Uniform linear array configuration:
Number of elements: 12
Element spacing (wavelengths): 0.5
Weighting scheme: exponential
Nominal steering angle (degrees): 15
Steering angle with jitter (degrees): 15.699
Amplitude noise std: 0.05
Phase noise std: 0.05

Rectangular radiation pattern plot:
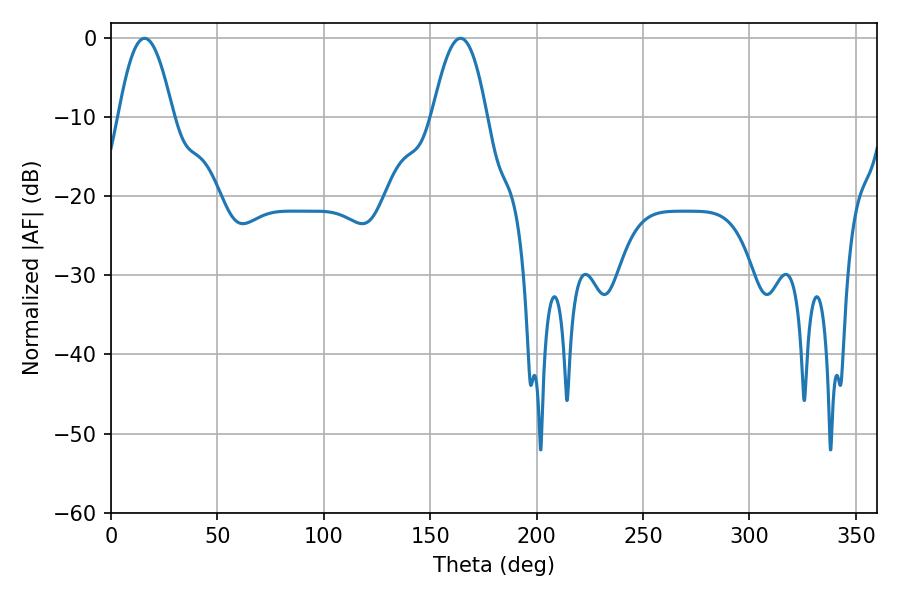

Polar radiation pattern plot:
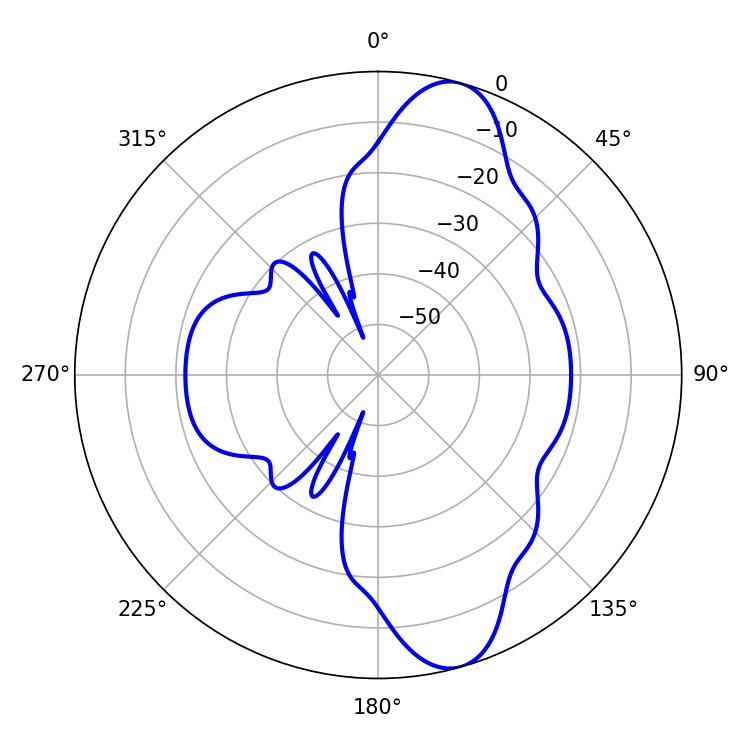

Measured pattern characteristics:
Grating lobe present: FALSE
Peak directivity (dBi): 10.941
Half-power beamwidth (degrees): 13.86
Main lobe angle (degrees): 15.84